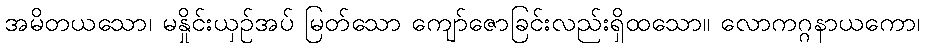
အမိတယသော၊ မနှိုင်းယှဉ်အပ် မြတ်သော ကျော်ဇောခြင်းလည်းရှိထသော။ လောကဂ္ဂနာယကော၊